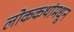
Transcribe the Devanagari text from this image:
लोककथांमधून